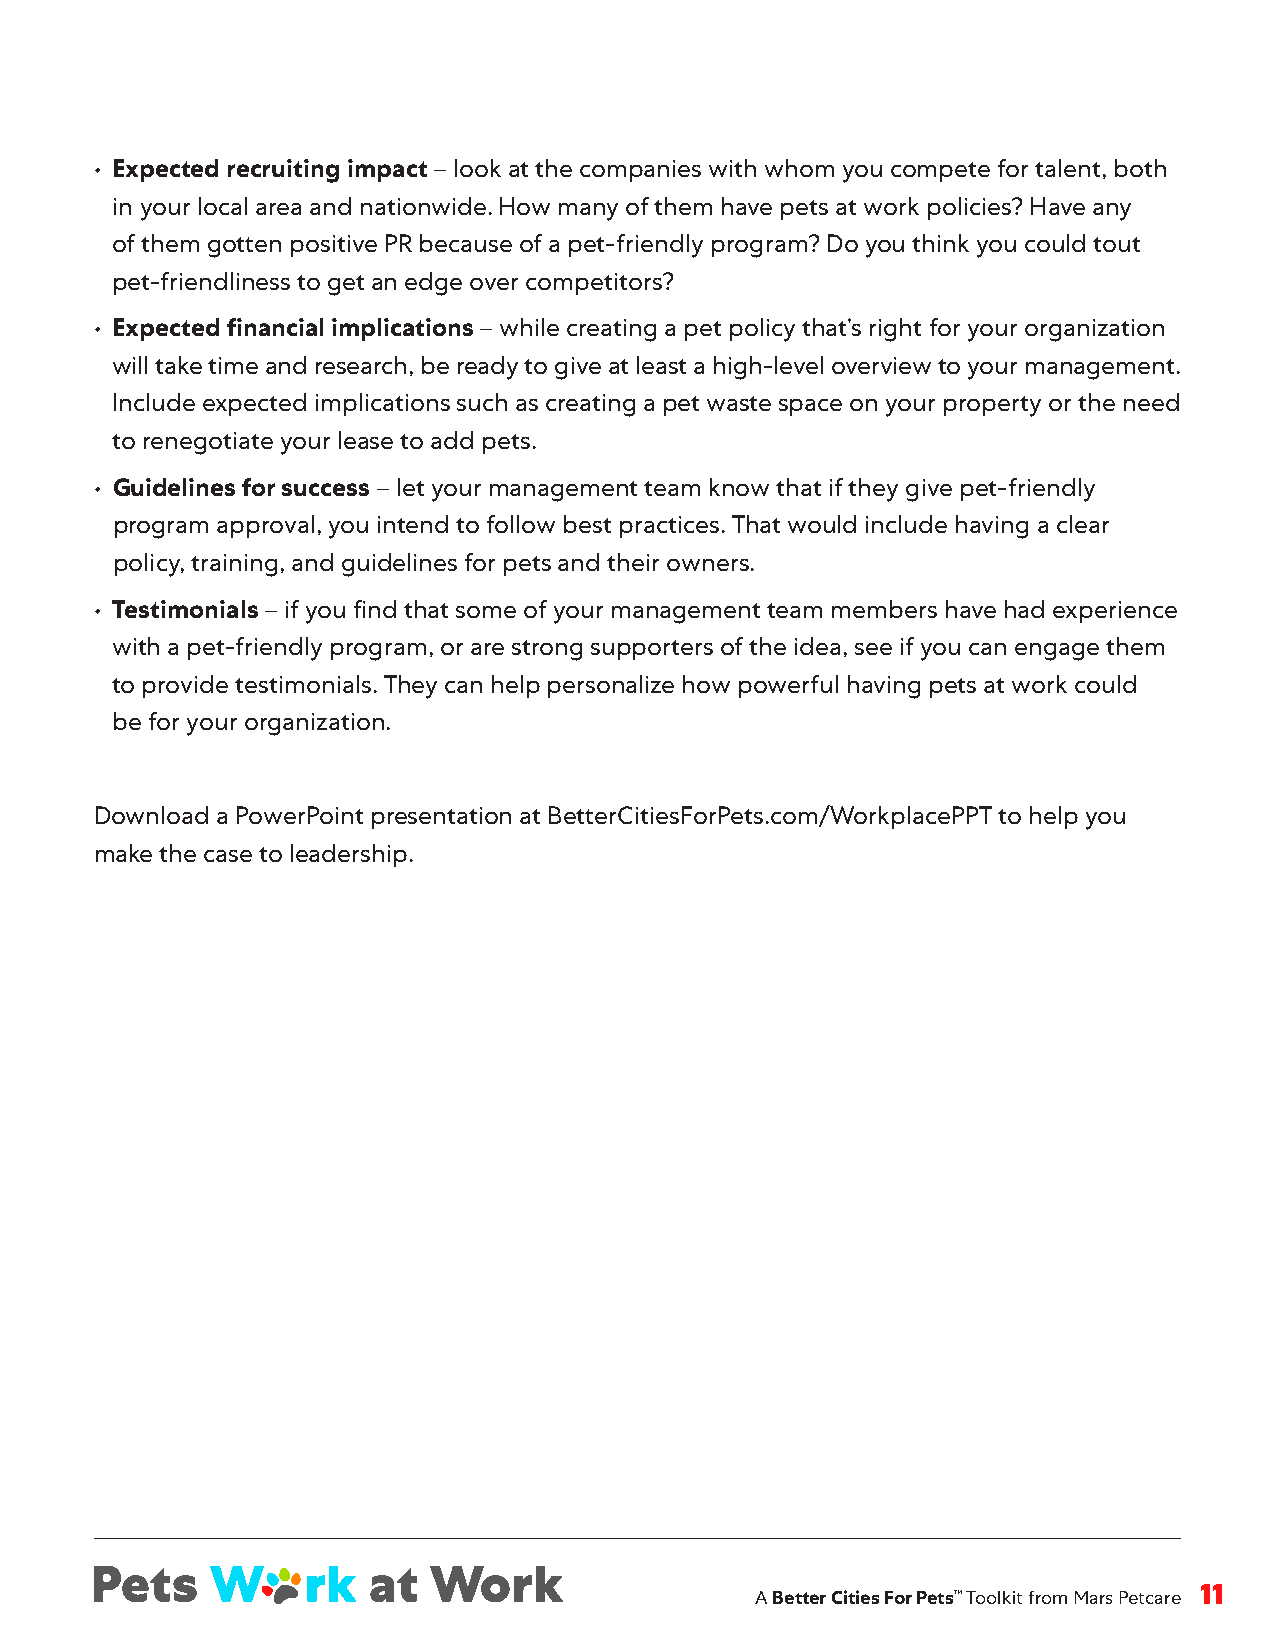
• Expected recruiting impact – look at the companies with whom you compete for talent, both
 in your local area and nationwide . How many of them have pets at work policies? Have any
 of them gotten positive PR because of a pet-friendly program? Do you think you could tout
 pet-friendliness to get an edge over competitors?
 • Expected financial implications – while creating a pet policy that’s right for your organization
 will take time and research, be ready to give at least a high-level overview to your management .
 Include expected implications such as creating a pet waste space on your property or the need
 to renegotiate your lease to add pets .
 • Guidelines for success – let your management team know that if they give pet-friendly
 program approval, you intend to follow best practices . That would include having a clear
 policy, training, and guidelines for pets and their owners .
 • Testimonials – if you find that some of your management team members have had experience
 with a pet-friendly program, or are strong supporters of the idea, see if you can engage them
 to provide testimonials . They can help personalize how powerful having pets at work could
 be for your organization .
 Download a PowerPoint presentation at BetterCitiesForPets .com/WorkplacePPT to help you
 make the case to leadership .
 A Better Cities For Pets™ Toolkit from Mars Petcare 11